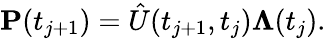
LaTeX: \mathbf{P}(t_{j+1})=\hat{U}(t_{j+1},t_{j})\mathbf{\Lambda}(t_{j}).